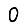
Digit: 0